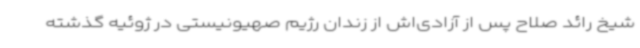
شیخ رائد صلاح پس از آزادی‌اش از زندان رژیم صهیونیستی در ژوئیه گذشته